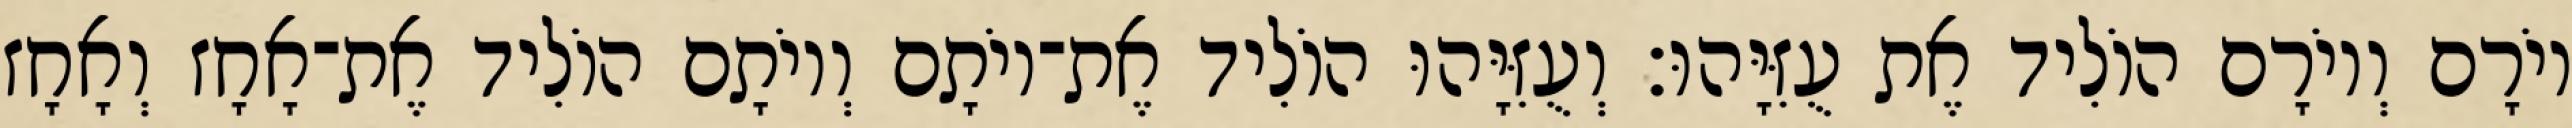
יוֹרָם וְיוֹרָם הוֹלִיד אֶת עֻזִּיָּהוּ׃ וְעֻזִּיָּהוּ הוֹלִיד אֶת־יוֹתָם וְיוֹתָם הוֹלִיד אֶת־אָחָז וְאָחָז